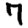
Digit: 7